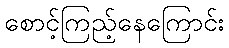
စောင့်ကြည့်နေကြောင်း